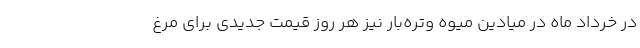
در خرداد ماه در میادین میوه وتره‌بار نیز هر روز قیمت جدیدی برای مرغ